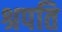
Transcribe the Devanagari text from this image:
श्रपति